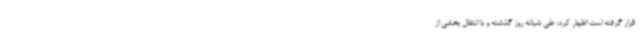
قرار گرفته است اظهار کرد: طی شبانه روز گذشته و با انتقال بخشی از